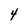
Character: 4